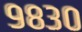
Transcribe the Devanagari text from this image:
९८३०